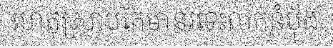
ហេតុស្រាប់តែមានរទេះលក់នំប៉័ង